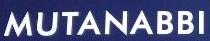
mutanabbi